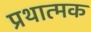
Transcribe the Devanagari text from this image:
प्रथात्मक